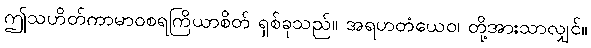
ဤသဟိတ်ကာမာဝစရကြိယာစိတ် ရှစ်ခုသည်။ အရဟတံယေဝ၊ တို့အားသာလျှင်။